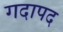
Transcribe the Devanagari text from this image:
गदापद